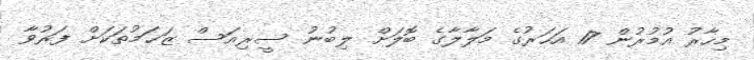
މިހާރު އުމުރުން 17 އަހަރުގެ މަލާލާގެ ބޮލަށް ލިބުނު ސީރިއަސް ޒަޚަމުތަކަށް ފަރުވާ